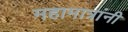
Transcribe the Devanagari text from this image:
महामात्रांनी